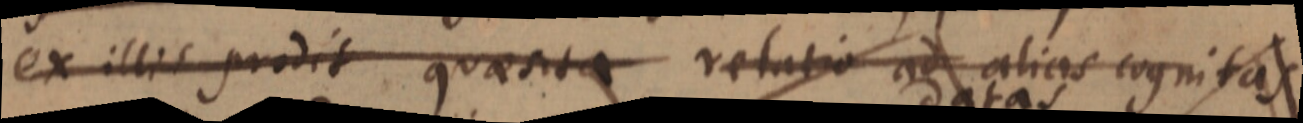
ex illis prodit quaesita relatio ad alias cognitas